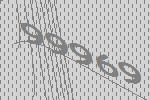
99969